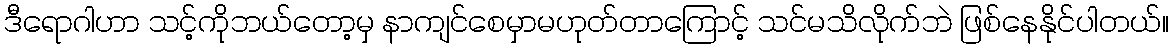
ဒီရောဂါဟာ သင့်ကိုဘယ်တော့မှ နာကျင်စေမှာမဟုတ်တာကြောင့် သင်မသိလိုက်ဘဲ ဖြစ်နေနိုင်ပါတယ်။